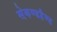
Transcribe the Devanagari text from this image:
सेकण्डहैण्ड